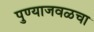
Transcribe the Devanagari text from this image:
पुण्याजवळचा